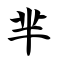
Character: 芈